Problem: 34 + 33 = ?
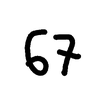
Handwritten answer: 67